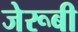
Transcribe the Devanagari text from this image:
जेरूबी